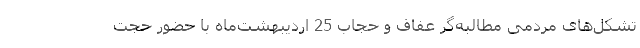
تشکل‌های مردمی مطالبه‌گر عفاف و حجاب 25 اردیبهشت‌ماه با حضور حجت‌